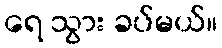
ရေ သွား ခပ်မယ်။